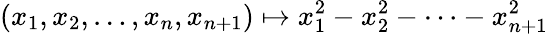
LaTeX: (x_{1},x_{2},\ldots,x_{n},x_{n+1})\mapsto x_{1}^{2}-x_{2}^{2}-\cdots-x_{n+1}^{2}